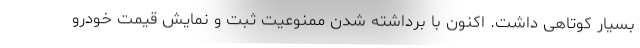
بسیار کوتاهی داشت. اکنون با برداشته شدن ممنوعیت ثبت و نمایش قیمت خودرو